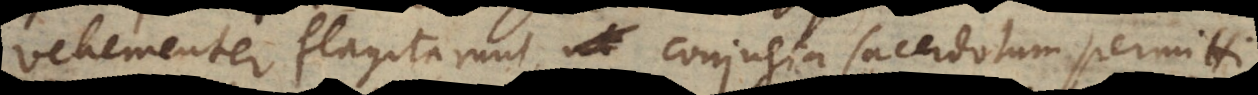
vehementer flagitarunt, conjugia sacerdotum permitti.